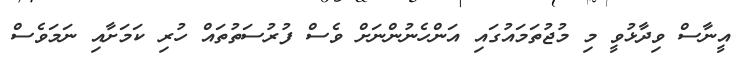
އީނާސް ވިދާޅުވީ މި މުޖުތަމައުގައި އަންހެނުންނަށް ވެސް ފުރުސަތުތައް ހުރި ކަމަށާއި ނަމަވެސް